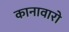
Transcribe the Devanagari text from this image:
कानावारो